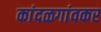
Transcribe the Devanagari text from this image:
कांदळगांवकर